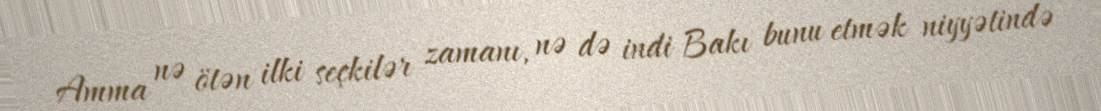
Amma nə ötən ilki seçkilər zamanı, nə də indi Bakı bunu etmək niyyətində